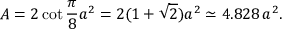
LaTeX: A = 2 \cot { \frac { \pi } { 8 } } a ^ { 2 } = 2 ( 1 + { \sqrt { 2 } } ) a ^ { 2 } \simeq 4 . 8 2 8 \, a ^ { 2 } .